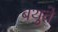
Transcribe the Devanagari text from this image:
बथुवे